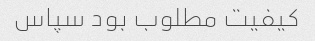
کیفیت مطلوب بود سپاس